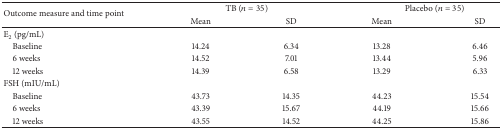
<table><thead><tr><td rowspan="2"><b> Outcome measure and time point</b></td><td colspan="2"><b> TB (<i>n</i> = 35)</b></td><td colspan="2"><b> Placebo (<i>n</i> = 35)</b></td></tr><tr><td><b>Mean</b></td><td><b> SD</b></td><td><b> Mean</b></td><td><b> SD</b></td></tr></thead><tbody><tr><td>E<sub>2</sub> (pg/mL)</td><td> </td><td> </td><td> </td><td> </td></tr><tr><td> Baseline</td><td>14.24</td><td>6.34</td><td>13.28</td><td>6.46</td></tr><tr><td> 6 weeks</td><td>14.52</td><td>7.01</td><td>13.44</td><td>5.96</td></tr><tr><td> 12 weeks</td><td>14.39</td><td>6.58</td><td>13.29</td><td>6.33</td></tr><tr><td>FSH (mIU/mL)</td><td> </td><td> </td><td> </td><td> </td></tr><tr><td> Baseline</td><td>43.73</td><td>14.35</td><td>44.23</td><td>15.54</td></tr><tr><td> 6 weeks</td><td>43.39</td><td>15.67</td><td>44.19</td><td>15.66</td></tr><tr><td> 12 weeks</td><td>43.55</td><td>14.52</td><td>44.25</td><td>15.86</td></tr></tbody></table>